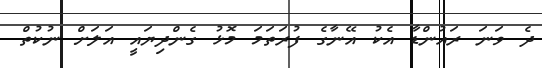
ދެ ވަނަ ރައުންޑާ އެކު އޭނާގެ ފުރަތަމަ މޮޅު ގެންދިޔައީ އަލަށް ނުކުތް